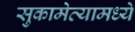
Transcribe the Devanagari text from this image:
सुकामेव्यामध्ये